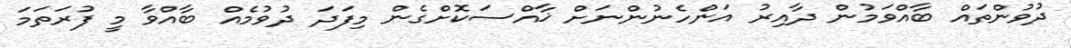
ދުވުންތައް ބާއްވަމުން ދާއިރު އަންހެނުންނަށް ޚާއްސަކޮށްގެން މިފަދަ ދުވުމެއް ބާއްވާ މީ ފުރަތަމަ